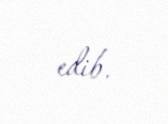
edib.